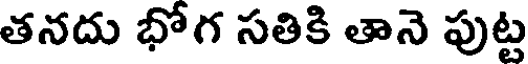
తనదు భోగ సతికి తానె పుట్ట